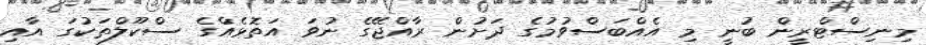
މިނިސްޓްރީން ބުނީ މި އެއްބަސްވުމުގެ ދަށުން ރާއްޖޭގެ ނުވަ އަތޮޅެއްގެ ސްކޫލްތަކުގަ އާއި